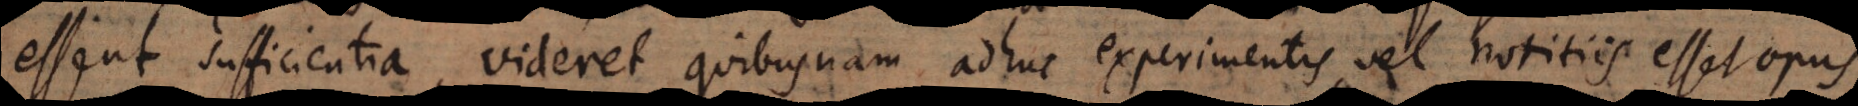
essent sufficientia, videret quibusnam adhuc experimentis, vel notitiis esset opu